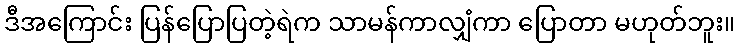
ဒီအကြောင်း ပြန်ပြောပြတဲ့ရဲက သာမန်ကာလျှံကာ ပြောတာ မဟုတ်ဘူး။